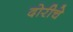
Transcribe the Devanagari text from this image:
दोरीचे